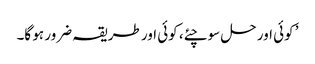
’ کوئی اور حل سوچئے، کوئی اور طریقہ ضرور ہو گا۔